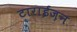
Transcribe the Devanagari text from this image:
टाराईज़न